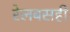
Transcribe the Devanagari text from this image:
रेलबसही